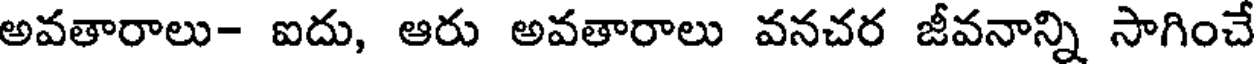
అవతారాలు- ఐదు, ఆరు అవతారాలు వనచర జీవనాన్ని సాగించే